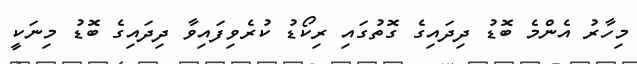
މިހާރު އެންމެ ބޮޑު ދިދައިގެ ގޮތުގައި ރިކޯޑު ކުރެވިފައިވާ ދިދައިގެ ބޮޑު މިނަކީ